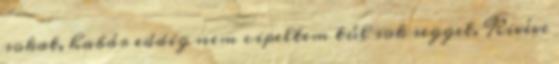
sokat, habár eddig nem cipeltem túl sok segget. Kivéve